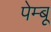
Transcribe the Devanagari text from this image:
पेम्बू